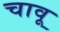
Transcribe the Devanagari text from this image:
चावू